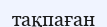
тақпаған